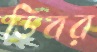
ডিবর